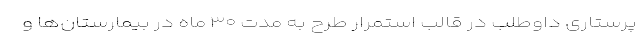
پرستاری داوطلب در قالب استمرار طرح به مدت ۳۰ ماه در بیمارستان‌ها و